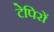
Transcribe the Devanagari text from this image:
टेपिरों